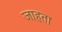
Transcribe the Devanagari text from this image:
जाहता